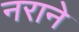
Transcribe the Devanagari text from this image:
नराने